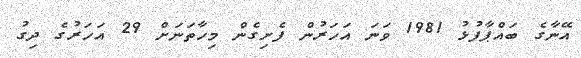
އޭނާގެ ބައްޕާފުޅު 1981 ވަނަ އަހަރުން ފެށިގެން މިހާތަނަށް 29 އަހަރުގެ ދިގު